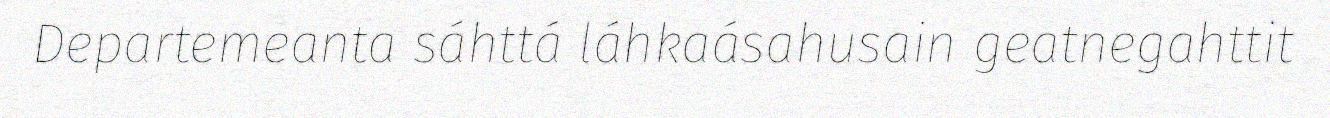
Departemeanta sáhttá láhkaásahusain geatnegahttit